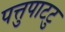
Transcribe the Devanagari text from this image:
पत्तुपाटटु